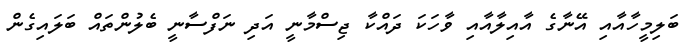
ބަލިމީހާއާއި އޭނާގެ އާއިލާއާއި ވާހަކަ ދައްކާ ޖިސްމާނީ އަދި ނަފްސާނީ ބެލުންތައް ބަލައިގެން